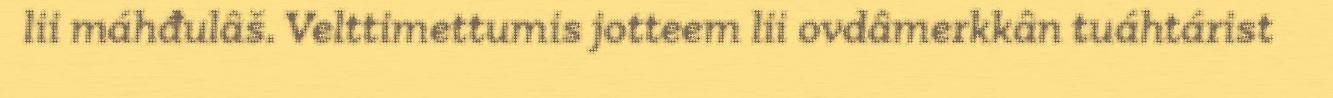
lii máhđulâš. Velttimettumis jotteem lii ovdâmerkkân tuáhtárist